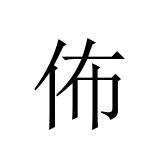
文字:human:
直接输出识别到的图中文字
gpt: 佈